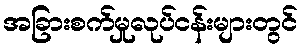
အခြားစက်မှုလုပ်ငန်းများတွင်